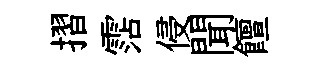
摺霑侵聞饘